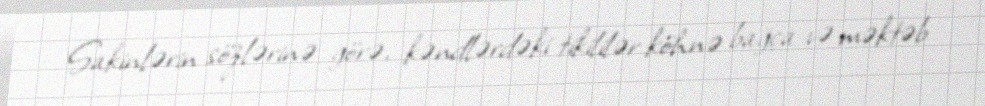
Sakinlərin sözlərinə görə, kəndlərdəki tikililər köhnə bağça və məktəb